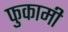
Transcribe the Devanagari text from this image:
फुकामी